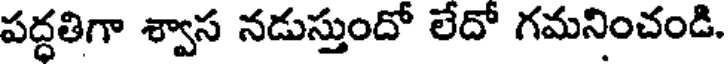
పద్ధతిగా శ్వాస నడుస్తుందో లేదో గమనించండి.